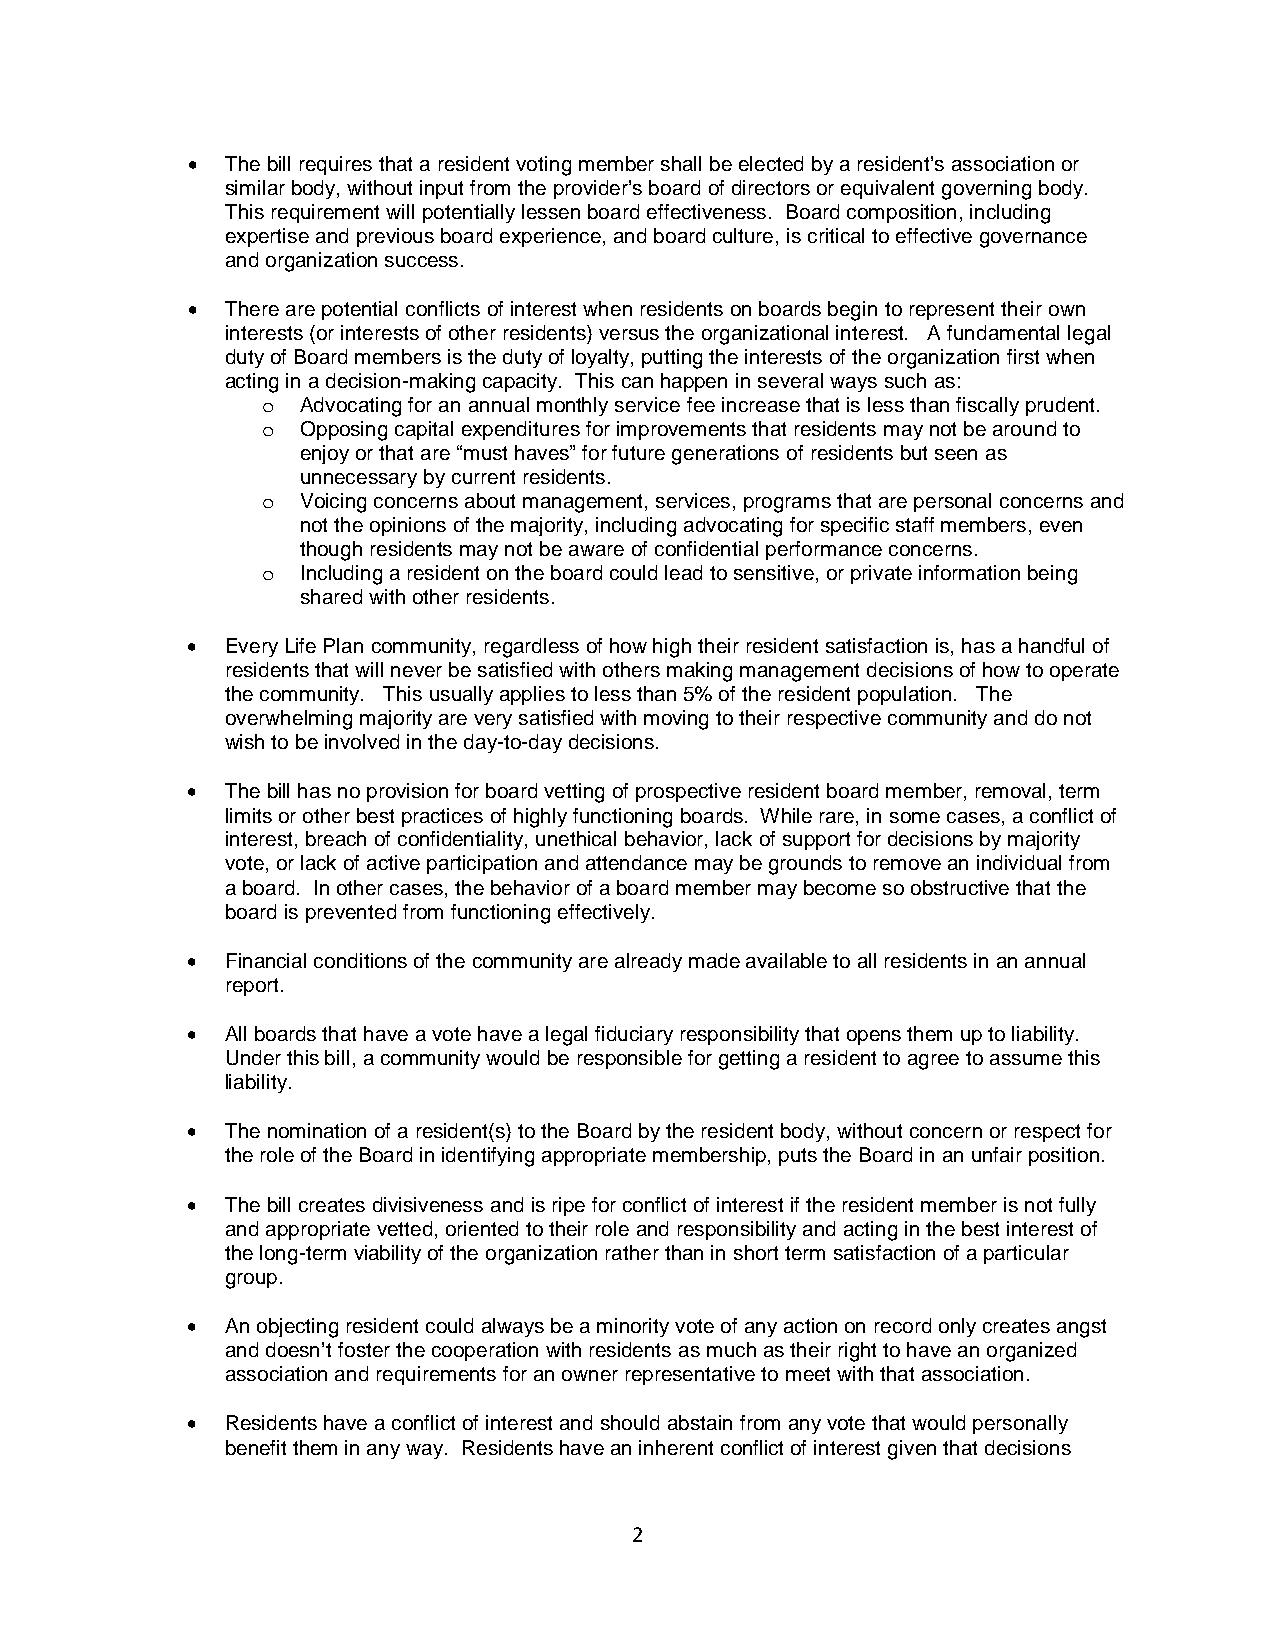
•  The bill requires that a resident voting member shall be elected by a resident’s association or
 similar body, without input from the provider’s board of directors or equivalent governing body.
 This requirement will potentially lessen board effectiveness. Board composition, including
 expertise and previous board experience, and board culture, is critical to effective governance
 and organization success.
 •  There are potential conflicts of interest when residents on boards begin to represent their own
 interests (or interests of other residents) versus the organizational interest. A fundamental legal
 duty of Board members is the duty of loyalty, putting the interests of the organization first when
 acting in a decision-making capacity. This can happen in several ways such as:
 Advocating for an annual monthly service fee increase that is less than fiscally prudent.
 o
 Opposing capital expenditures for improvements that residents may not be around to
 o
 enjoy or that are “must haves” for future generations of residents but seen as
 unnecessary by current residents.
 Voicing concerns about management, services, programs that are personal concerns and
 o
 not the opinions of the majority, including advocating for specific staff members, even
 though residents may not be aware of confidential performance concerns.
 Including a resident on the board could lead to sensitive, or private information being
 o
 shared with other residents.
 •  Every Life Plan community, regardless of how high their resident satisfaction is, has a handful of
 residents that will never be satisfied with others making management decisions of how to operate
 the community. This usually applies to less than 5% of the resident population. The
 overwhelming majority are very satisfied with moving to their respective community and do not
 wish to be involved in the day-to-day decisions.
 •  The bill has no provision for board vetting of prospective resident board member, removal, term
 limits or other best practices of highly functioning boards. While rare, in some cases, a conflict of
 interest, breach of confidentiality, unethical behavior, lack of support for decisions by majority
 vote, or lack of active participation and attendance may be grounds to remove an individual from
 a board. In other cases, the behavior of a board member may become so obstructive that the
 board is prevented from functioning effectively.
 •  Financial conditions of the community are already made available to all residents in an annual
 report.
 •  All boards that have a vote have a legal fiduciary responsibility that opens them up to liability.
 Under this bill, a community would be responsible for getting a resident to agree to assume this
 liability.
 •  The nomination of a resident(s) to the Board by the resident body, without concern or respect for
 the role of the Board in identifying appropriate membership, puts the Board in an unfair position.
 •  The bill creates divisiveness and is ripe for conflict of interest if the resident member is not fully
 and appropriate vetted, oriented to their role and responsibility and acting in the best interest of
 the long-term viability of the organization rather than in short term satisfaction of a particular
 group.
 •  An objecting resident could always be a minority vote of any action on record only creates angst
 and doesn’t foster the cooperation with residents as much as their right to have an organized
 association and requirements for an owner representative to meet with that association.
 •  Residents have a conflict of interest and should abstain from any vote that would personally
 benefit them in any way. Residents have an inherent conflict of interest given that decisions
 2